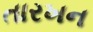
તારખન